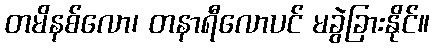
တမိနစ်လော၊ တနာရီလောပင် မခွဲခြားနိုင်။